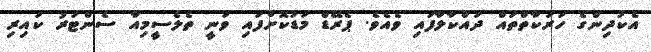
އެކުދިންގެ ހަރަކާތްތައް ދައްކާލާފައި ވެއެވެ. ޕެރޭޑް މަޑުކޮށްފައި ވަނީ ތެލެސީމިއާ ސެންޓަރު ކައިރި